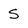
Character: s